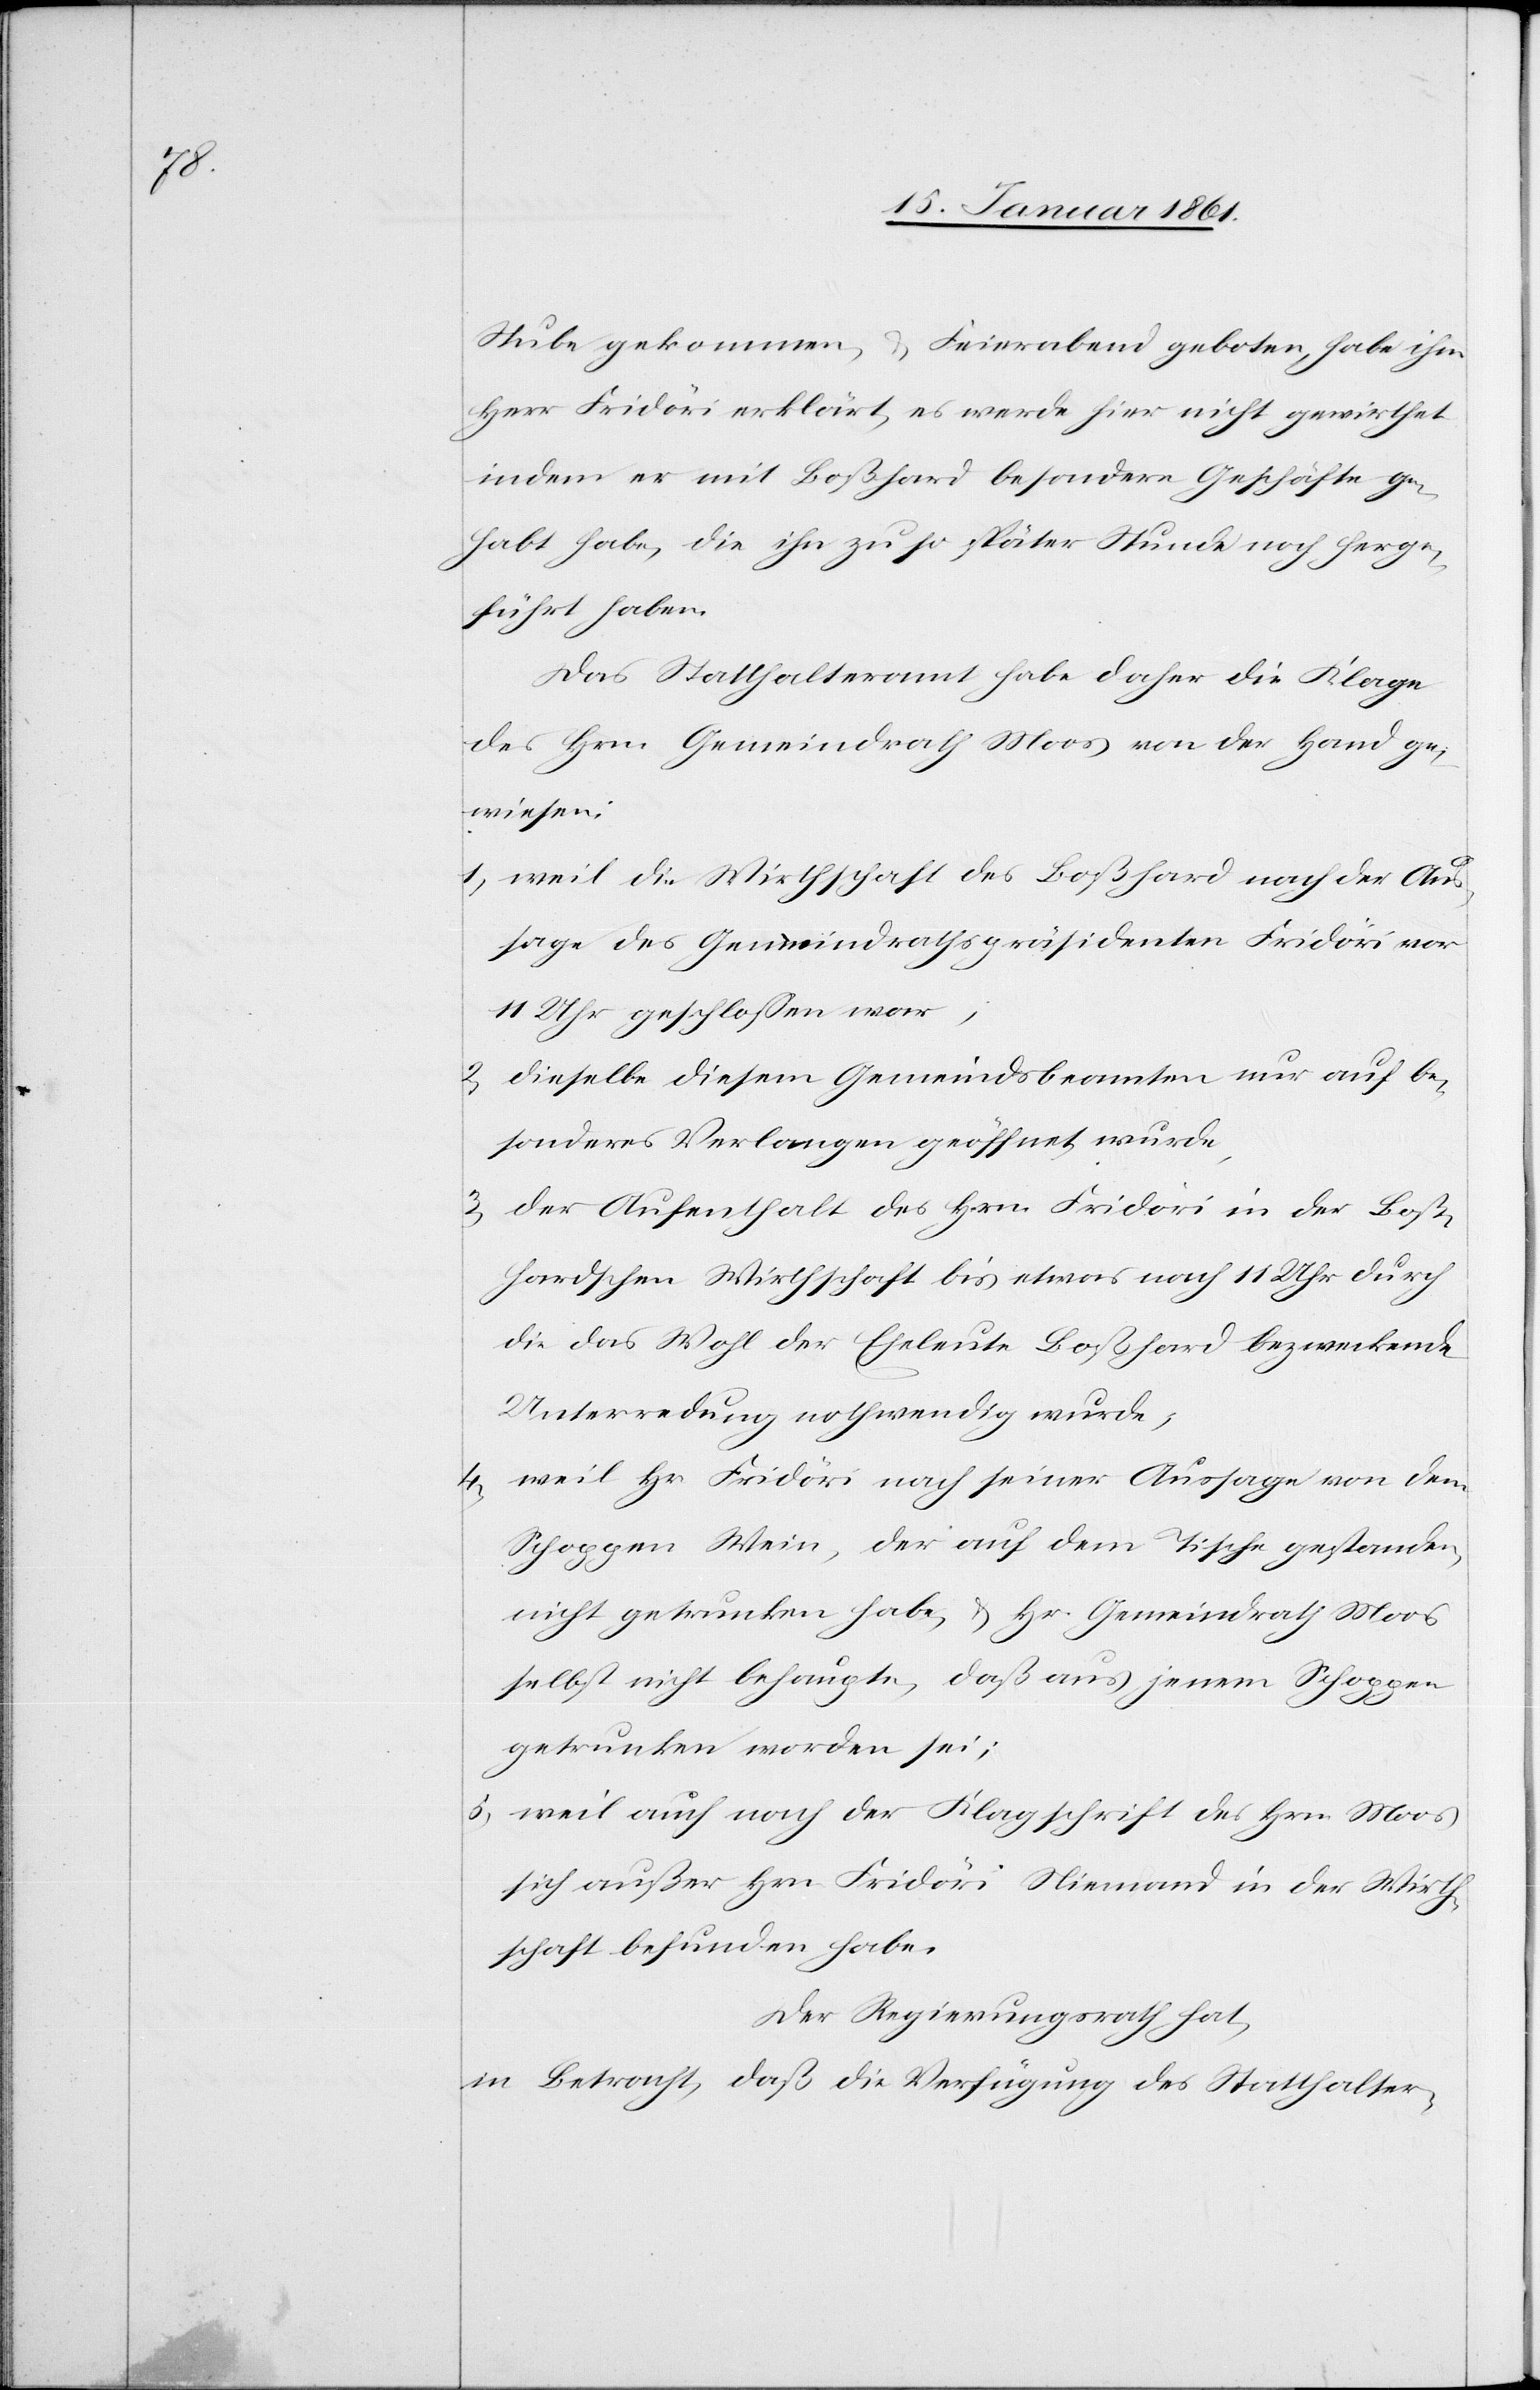
Stube gekommen, u. Feierabend geboten, habe ihm
Herr Fridöri erklärt, es werde hier nicht gewirthet
indem er mit Boßhard besondere Geschäfte ge¬
habt habe, die ihn zu so später Stunde noch herge¬
führt haben.
Das Statthalteramt habe daher die Klage
des Hrn. Gemeindrath Moos von der Hand ge¬
wiesen:
1) weil die Wirthschaft des Boßhard nach der Aus¬
sage des Gemeindrathspräsidenten Fridöri vor
11 Uhr geschlossen war,
2) dieselbe diesem Gemeindsbeamten nur auf be¬
sonderes Verlangen geöffnet wurde,
3) Der Aufenthalt des Hrn. Fridöri in der Boß¬
hardschen Wirthschaft bis etwas nach 11 Uhr durch
die das Wohl der Eheleute Boßhard bezweckende
Unterredung nothwendig wurde,
4) weil Hr. Fridöri nach seiner Aussage von dem
Schoppen Wein, der auf dem Tische gestanden,
nicht getrunken habe, u. Hr. Gemeindrath Moos
selbst nicht behaupte, daß aus jenem Schoppen
getrunken worden sei;
5) weil auch nach der Klagschrift des Hrn. Moos
sich außer Hrn. Fridöri Niemand in der Wirth¬
schaft befunden habe.
Der Regierungsrath hat,
in Betracht, daß die Verfügung des Statthalter-